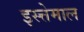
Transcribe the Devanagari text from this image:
इस्त्तेमाल